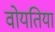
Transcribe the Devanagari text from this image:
वोयतिया